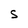
Character: S